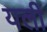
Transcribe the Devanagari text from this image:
यली